Vaccination in Burma 1900-1911 - 1900-1911
Year: 1900
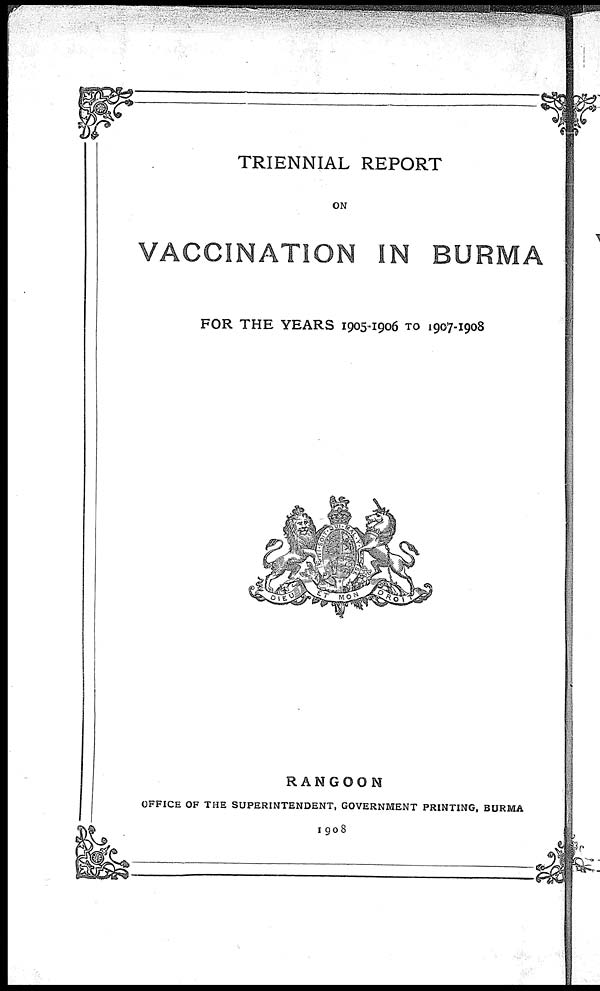
TRIENNIAL REPORT
ON
VACCINATION IN BURMA
FOR THE YEARS 1905-1906 TO 1907-1908
RANGOON
OFFICE OF THE SUPERINTENDENT, GOVERNMENT PRINTING, BURMA
1908